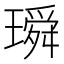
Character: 𤩥